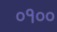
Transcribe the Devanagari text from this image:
०१००